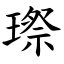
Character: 㻮